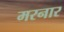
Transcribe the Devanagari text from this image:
मरनार